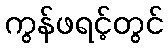
ကွန်ဖရင့်တွင်